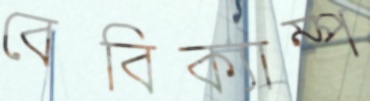
বেবিক্যাম্প